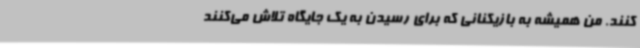
کنند. من همیشه به بازیکنانی که برای رسیدن به یک جایگاه تلاش می‌کنند